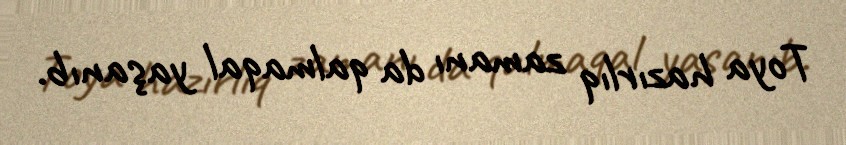
Toya hazırlıq zamanı da qalmaqal yaşanıb.